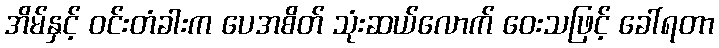
အိမ်နှင့် ဝင်းတံခါးက ပေအစိတ် သုံးဆယ်လောက် ဝေးသဖြင့် ခေါ်ရတာ